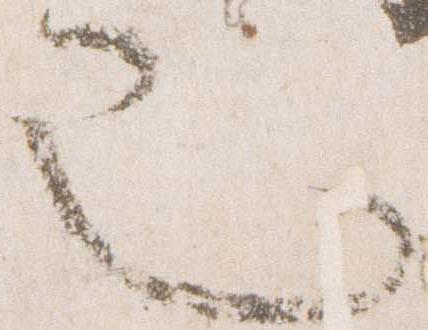
也